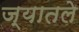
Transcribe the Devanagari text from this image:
ज्यातले